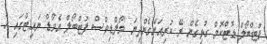
ފުޓްބޯލް ޑޮޓްކޮމް ގުޅިގެން ރޭ ކުރިއަށްގެންދިޔަ 'މޯލްޑިވްސް ފުޓްބޯލް އެވޯޑް ނައިޓްގައި އެ